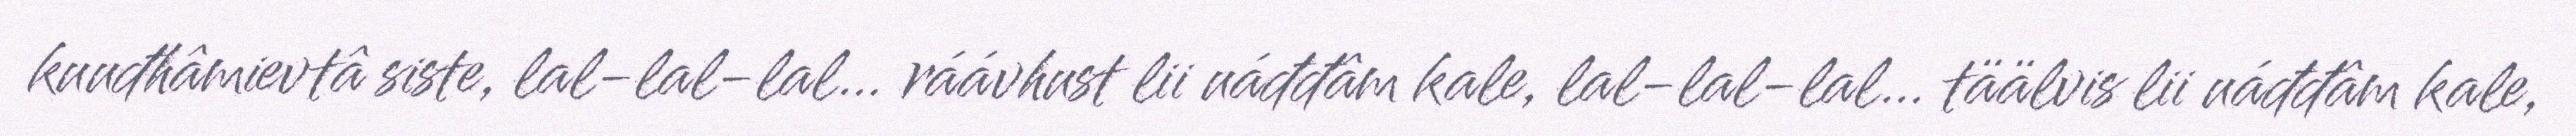
kuuđhâmievtâ siste, lal-lal-lal… ráávhust lii uáđđâm kale, lal-lal-lal… täälvis lii uáđđâm kale,